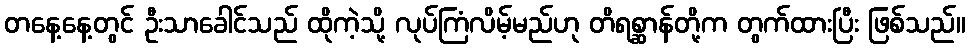
တနေ့နေ့တွင် ဦးသာခေါင်သည် ထိုကဲ့သို့ လုပ်ကြံလိမ့်မည်ဟု တိရစ္ဆာန်တို့က တွက်ထားပြီး ဖြစ်သည်။